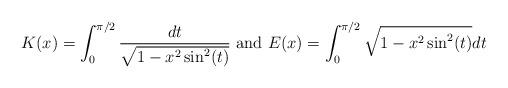
LaTeX: \begin{align*}K(x)=\int^{\pi/2}_{0}\frac{dt}{\sqrt{1-x^2\sin^2(t)}} \textrm{ and } E(x)=\int^{\pi/2}_{0}\sqrt{1-x^2\sin^2(t)}dt\end{align*}